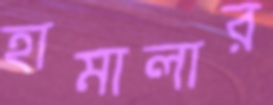
হামালার